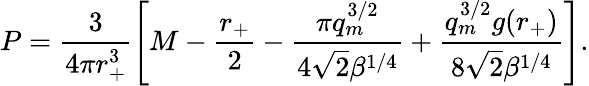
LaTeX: P=\frac{3}{4\pi r_{+}^{3}}\left[M-\frac{r_{+}}{2}-\frac{\pi q_{m}^{3/2}}{4\sqrt{2}\beta^{1/4}}+\frac{q_{m}^{3/2}g(r_{+})}{8\sqrt{2}\beta^{1/4}}\right].